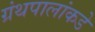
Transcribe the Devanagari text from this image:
ग्रंथपालांकडे